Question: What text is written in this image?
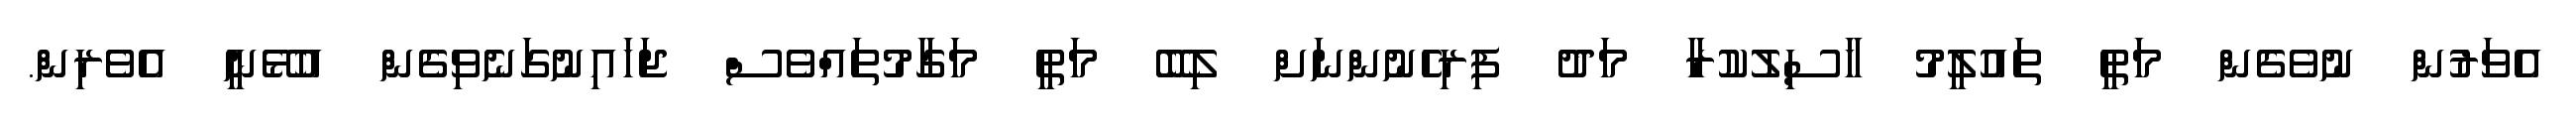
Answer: އެވަރުން ނުވެގެން މަތީ ތައުލީމު ހާސިލުކުރާ މަދު ފިރިހެނުންނަށް ލިބޭ މަތީ މަގާމުތައްވެސް ޖަހައިނުގަނެވިގެން އުޅޭނީ އެވެރިން.